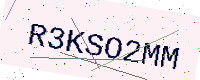
Text: R3KSO2MM